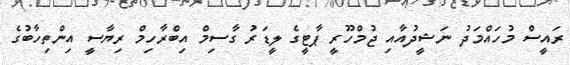
ރައީސް މުހައްމަދު ނަޝީދުއާއި ޖުމްހޫރީ ޕާޓީގެ ލީޑަރު ގާސިމް އިބްރާހިމް ރިޔާސީ އިންތިހާބުގެ